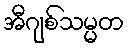
အီဂျစ်သမ္မတ